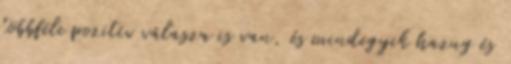
többféle pozitív válasza is van, és mindegyik hazug és